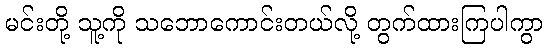
မင်းတို့ သူ့ကို သဘောကောင်းတယ်လို့ တွက်ထားကြပါကွာ